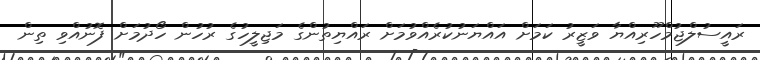
ރައީސުލްޖުމްހޫރިއްޔާ ވަޒީރު ކަމަށް އައްޔަނުކުރެއްވުމަށް ރައްޔިތުންގެ މަޖިލީހުގެ ރުހުން ހޯދުމަށް ފޮނުއްވި ތިން